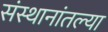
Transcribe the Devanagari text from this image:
संस्थानांतल्या